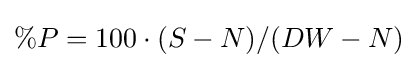
\%P=100\cdot (S-N)/(DW-N)